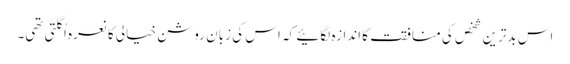
اس بدترین شخص کی منافقت کا اندازہ لگائیے کہ اس کی زبان روشن خیالی کا نعرہ اُگلتی تھی۔